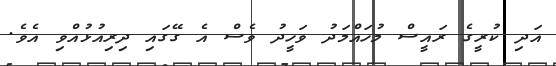
އަދި ކުރީގެ ރައީސް މުހައްމަދު ވަހީދު ވެސް އެ ގޭގައި ދިރިއުޅުއްވި އެވެ.